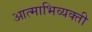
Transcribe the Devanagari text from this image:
आत्माभिव्यक्ती